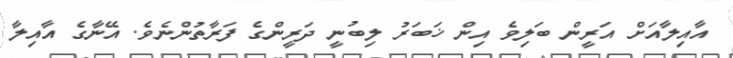
އާއިލާއަށް އަރީން ބަލިވެ އިން ޚަބަރު ލިބުނީ ދަރީންގެ ފަރާތުންނެވެ. އޭނާގެ އާއިލާ